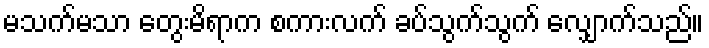
မသက်မသာ တွေးမိရာက စကားလက် ခပ်သွက်သွက် လျှောက်သည်။